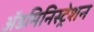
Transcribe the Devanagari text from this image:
अॅडमिनिस्ट्रेशन